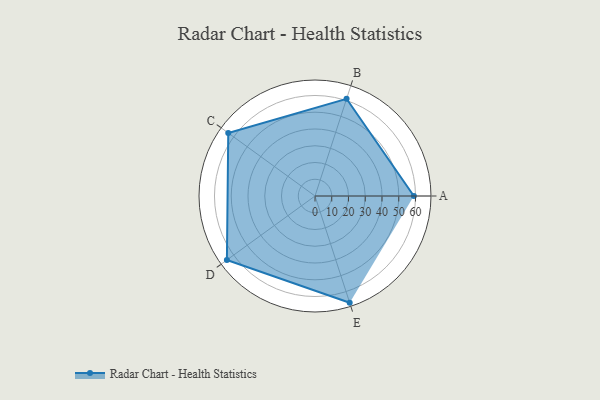
{"axis": {"x": "Skill", "y": "Score"}, "legend": ["Profile"], "data": [{"x": "A", "y": 59.0, "type": "Profile"}, {"x": "B", "y": 61.0, "type": "Profile"}, {"x": "C", "y": 64.0, "type": "Profile"}, {"x": "D", "y": 65.0, "type": "Profile"}, {"x": "E", "y": 67.0, "type": "Profile"}]}